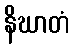
နိဃာတံ